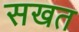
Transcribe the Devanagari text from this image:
सखत